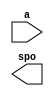
module inst_rom(
  a,
  spo
);

input [9 : 0] a;
output [31 : 0] spo;

// synthesis translate_off

  DIST_MEM_GEN_V6_2 #(
    .C_ADDR_WIDTH(10),
    .C_DEFAULT_DATA("0"),
    .C_DEPTH(1024),
    .C_FAMILY("spartan6"),
    .C_HAS_CLK(0),
    .C_HAS_D(0),
    .C_HAS_DPO(0),
    .C_HAS_DPRA(0),
    .C_HAS_I_CE(0),
    .C_HAS_QDPO(0),
    .C_HAS_QDPO_CE(0),
    .C_HAS_QDPO_CLK(0),
    .C_HAS_QDPO_RST(0),
    .C_HAS_QDPO_SRST(0),
    .C_HAS_QSPO(0),
    .C_HAS_QSPO_CE(0),
    .C_HAS_QSPO_RST(0),
    .C_HAS_QSPO_SRST(0),
    .C_HAS_SPO(1),
    .C_HAS_SPRA(0),
    .C_HAS_WE(0),
    .C_MEM_INIT_FILE("inst_rom.mif"),
    .C_MEM_TYPE(0),
    .C_PARSER_TYPE(1),
    .C_PIPELINE_STAGES(0),
    .C_QCE_JOINED(0),
    .C_QUALIFY_WE(0),
    .C_READ_MIF(1),
    .C_REG_A_D_INPUTS(0),
    .C_REG_DPRA_INPUT(0),
    .C_SYNC_ENABLE(1),
    .C_WIDTH(32)
  )
  inst (
    .A(a),
    .SPO(spo),
    .D(),
    .DPRA(),
    .SPRA(),
    .CLK(),
    .WE(),
    .I_CE(),
    .QSPO_CE(),
    .QDPO_CE(),
    .QDPO_CLK(),
    .QSPO_RST(),
    .QDPO_RST(),
    .QSPO_SRST(),
    .QDPO_SRST(),
    .DPO(),
    .QSPO(),
    .QDPO()
  );

// synthesis translate_on

endmodule